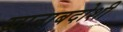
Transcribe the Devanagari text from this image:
खानाबदोशी